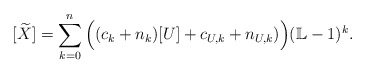
\begin{align*}[\widetilde{X}]= \sum_{k=0}^n \Big((c_k+n_k)[U] + c_{U,k} + n_{U,k})\Big) (\mathbb L-1)^{k}.\end{align*}